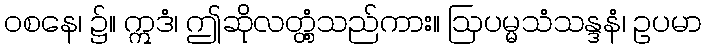
ဝစနေ၊ ၌။ ဣဒံ၊ ဤဆိုလတ္တံ့သည်ကား။ ဩပမ္မသံသန္ဒနံ၊ ဥပမာ